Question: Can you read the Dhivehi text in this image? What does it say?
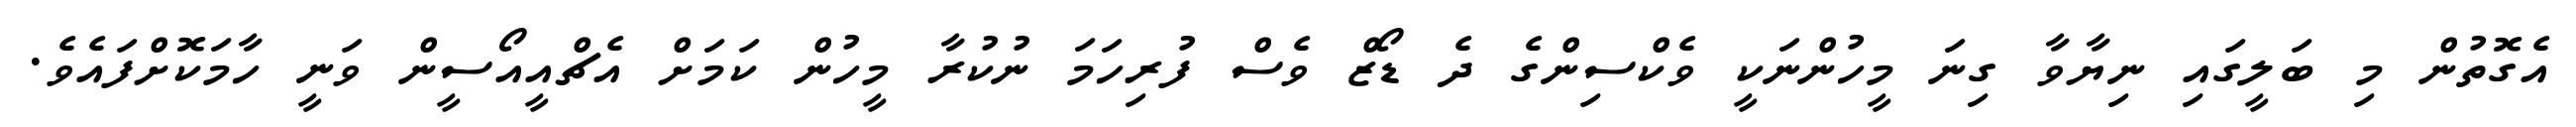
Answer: އެގޮތުން މި ބަލީގައި ނިޔާވާ ގިނަ މީހުންނަކީ ވެކްސިންގެ ދެ ޑޯޒް ވެސް ފުރިހަމަ ނުކުރާ މީހުން ކަމަށް އެޗްއީއޯސީން ވަނީ ހާމަކޮށްފައެވެ.